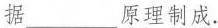
据___原理制成.